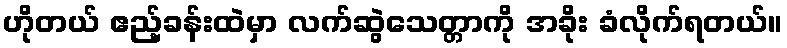
ဟိုတယ် ဧည့်ခန်းထဲမှာ လက်ဆွဲသေတ္တာကို အခိုး ခံလိုက်ရတယ်။